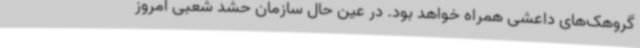
گروهک‌های داعشی همراه خواهد بود. در عین حال سازمان حشد شعبی امروز